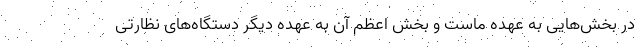
در بخش‌هایی به عهده ماست و بخش اعظم آن به عهده دیگر دستگاه‌های نظارتی